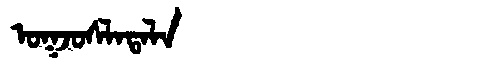
Manchu: ᠣᡴᠵᠣᠰᠯᠠᡨᠠᠯᠠ
Romanization: OKJOSLATALA